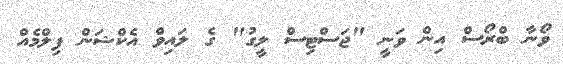
ވޯނާ ބްރޯސް އިން ވަނީ "ޖަސްޓިސް ލީގު" ގެ ލައިވް އެކްޝަން ފިލްމެއް